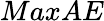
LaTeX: MaxAE